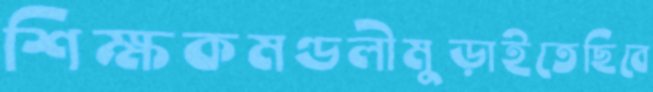
শিক্ষকমণ্ডলীমুড়াইতেছিবে